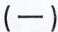
(一)